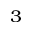
_ 3